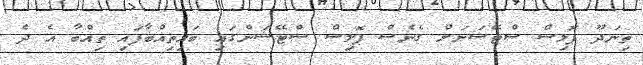
ތިނަދޫ ޕޮލިސް ސްޓޭޝަނަށް ގެނެސް ޕޮލިސް ސްޓޭޝަންގައި ބައިތިއްބާފައި ތިއްބާ އެ ދެ